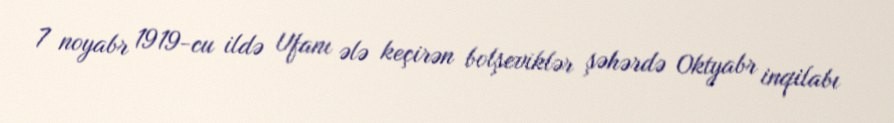
7 noyabr 1919-cu ildə Ufanı ələ keçirən bolşeviklər şəhərdə Oktyabr inqilabı